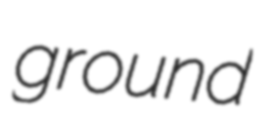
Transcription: ground